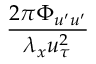
\frac { 2 \pi \Phi _ { u ^ { \prime } u ^ { \prime } } } { \lambda _ { x } u _ { \tau } ^ { 2 } }